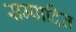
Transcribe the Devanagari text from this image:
सम्‍पादित